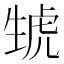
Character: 𤯮